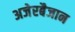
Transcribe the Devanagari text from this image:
अजेरबैजान